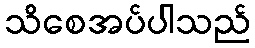
သိစေအပ်ပါသည်